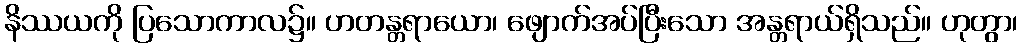
နိဿယကို ပြသောကာလ၌။ ဟတန္တရာယော၊ ဖျောက်အပ်ပြီးသော အန္တရာယ်ရှိသည်။ ဟုတွာ၊